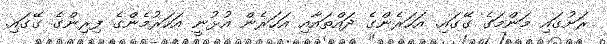
ރަށުގައި މަންމަގެ ގޭގައި. އަހަރެންގެ ދައްތައާއި އަހަރެން އުޅުނީ އަހަރުމެންގެ ފިރިންގެ ގޭގައި.